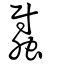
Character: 𧕈